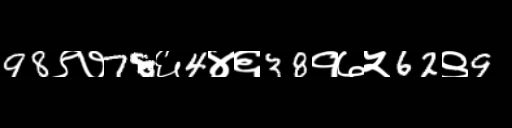
Text: 98९७78६4४६38१७५62९9